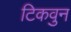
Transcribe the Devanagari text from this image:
टिकवुन